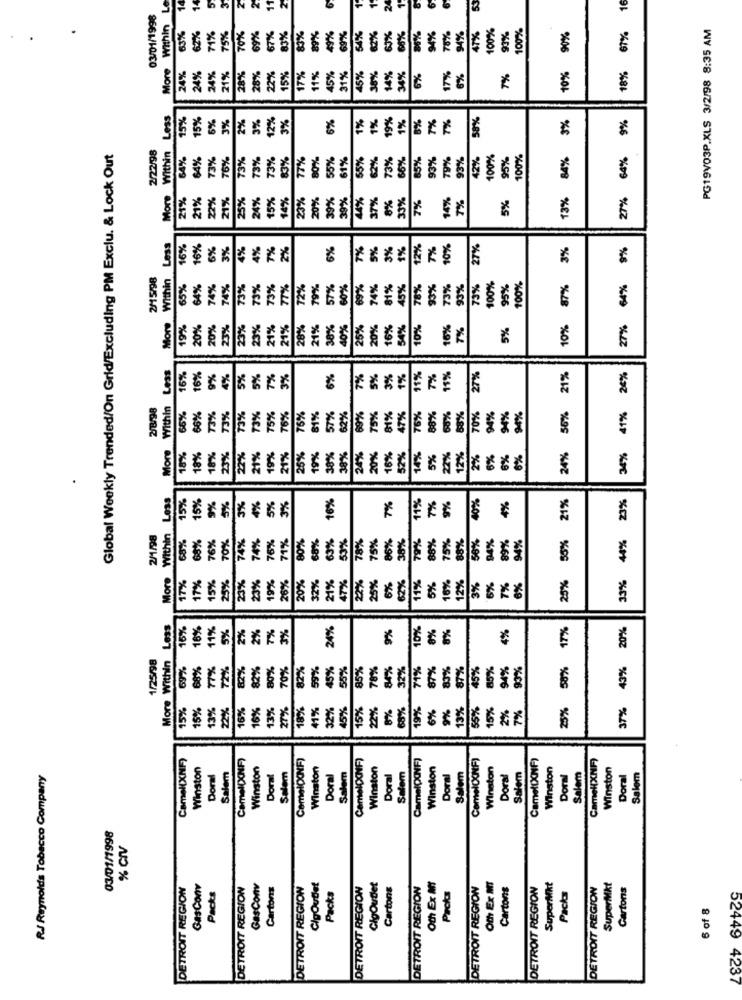
53
16
03/01/1998
Within
67%
100%
100%
67%
PG19V03P.XLS 3/2/98 8:35 AM
62%
71%
75%
70%
69%
33%
3%
19%
49%
69%
34%
82%
68%
94%
78%
94%
47%
93%
90%
More
14%
34%
10%
18%
24%
24%
24%
21%
28%
28%
22%
15%
7%
11%
45%
31%
45%
38%
6%
17%
6%
7%
Less
15%
15%
6%
3%
2%
3%
12%
3%
6%
1%
1%
19%
1%
8%
7%
7%
38%
5%
9%
Global Weekly Trended/On Grid/Excluding PM Exclu. & Lock Out
2/22/98
Within
64%
$4%
73%
76%
73%
73%
73%
83%
17%
80%
55%
61%
$5%
2%
73%
66%
85%
93%
19%
93%
42%
100%
95%
100%
84%
64%
More
21%
21%
22%
21%
25%
24%
14%
23%
20%
39%
39%
4%
37%
8%
33%
14%
5%
13%
27%
15%
7%
7%
Less
16%
16%
6%
3%
4%
7%
2%
6%
7%
5%
3%
12%
7%
10%
27%
3%
9%
2/15/98
More Within
65%
64%
74%
74%
73%
73%
73%
77%
72%
79%
57%
60%
69%
74%
81%
45%
78%
93%
73%
93%
73%
100%
95%
100%
87%
64%
19%
20%
20%
23%
23%
23%
21%
21%
28%
21%
38%
50%
26%
0%
16%
54%
10%
16%
7%
5%
10%
27%
Less
16%
16%
4%
5%
5%
7%
3%
6%
7%
5%
3%
1%
11%
7%
11%
27%
21%
24%
2/8/98
Within
66%
70%
56%
56%
73%
73%
73%
73%
75%
76%
76%
81%
57%
62%
75%
81%
47%
76%
88%
65%
88%
9%
41%
More
34%
18%
18%
18%
23%
22%
21%
19%
21%
26%
19%
38%
38%
24%
20%
16%
52%
14%
5%
22%
2%
2%
6%
24%
Less
15%
15%
9%
4%
5%
16%
40%
4%
21%
5%
3%
3%
7%
11%
7%
9%
23%
2/1/98
Within
8%
76%
70%
74%
76%
71%
68%
75%
06%
50%
89%
55%
44%
68%
74%
80%
63%
53%
8%
38%
79%
38%
75%
4%
94%
More
17%
11%
25%
33%
17%
15%
25%
23%
23%
19%
20%
20%
32%
21%
47%
22%
25%
6%
62%
5%
16%
12%
3%
6%
7%
8%
Less
15%
16%
11%
5%
2%
2%
7%
3%
24%
9%
10%
8%
8%
4%
17%
20%
1/25/98
More Within
69%
68%
77%
72%
82%
80%
70%
82%
59%
45%
55%
85%
78%
84%
71%
87%
45%
85%
94%
90%
50%
43%
82%
32%
87%
83%
15%
15%
13%
22%
16%
16%
13%
27%
18%
11%
32%
45%
15%
22%
8%
68%
19%
6%
9%
13%
55%
15%
2%
7%
25%
37%
Camel(XNF)
CamelDINF)
CamelD(NF)
CamelQ(NF)
CamelCXNF)
Camel(XNF)
Camel[XNF)
Winston
Winston
Salem
Winston
Winston
Winston
Salem
Winston
Winston
Winston
R.J Reynolds Tobacco Company
Doral
Salem
Doral
Doral
Salem
Doral
Salem
Doral
Doral
Salem
Doral
Salem
Doral
Salem
18
03/01/1998
% CIV
DETROIT REGION
GasConv
Packs
DETROIT REGION
GasConv
Carton
DETROIT REGION
CigOutlet
Packs
DETROIT REGION
CigOutlet
Cartons
DETROIT REGION
Oth Ex Mi
Packs
DETROIT REGION
Oth Ex MT
Cartons
DETROIT REGION
SuperMkt
DETROIT REGIOW
SuperMkt
Cartons
Packs
6 of 8
52449 4237